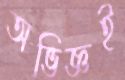
অভিজ্ঞই